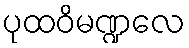
ပုထဝိမဏ္ဍလေ